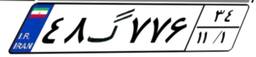
۵۱گ۵۹۳۷۹